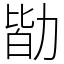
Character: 勓